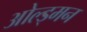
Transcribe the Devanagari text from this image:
ओल्ड्मन